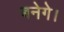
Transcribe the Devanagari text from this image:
बनेगे।